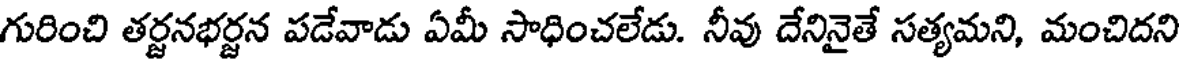
గురించి తర్జనభర్జన పడేవాడు ఏమీ సాధించలేడు. నీవు దేనినైతే సత్యమని, మంచిదని